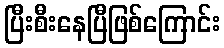
ပြီးစီးနေပြီဖြစ်ကြောင်း